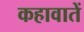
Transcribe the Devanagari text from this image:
कहावातें